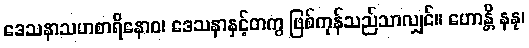
ဒေသနာသဟစာရိနောဝ၊ ဒေသနာနှင့်တကွ ဖြစ်ကုန်သည်သာလျှင်။ ဟောန္တိ နနု၊